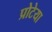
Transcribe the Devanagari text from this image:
प्रोटेया